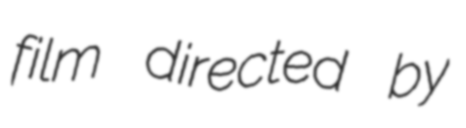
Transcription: film directed by